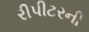
રીપીટરની